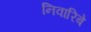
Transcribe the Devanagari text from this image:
निवारिबे